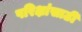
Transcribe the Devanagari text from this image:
परिक्षांसाठी